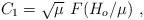
\begin{align*}C_1=\sqrt{\mu}\,\,F\!\left({H_o/\mu}\right)\,,\end{align*}